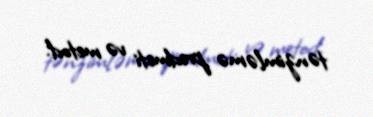
tənzimləmə predmeti və metod.